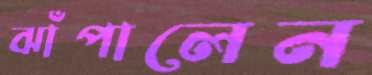
ঝাঁপালেন